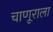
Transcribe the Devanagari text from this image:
चाणूराला